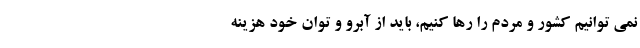
نمی توانیم کشور و مردم را رها کنیم، باید از آبرو و توان خود هزینه